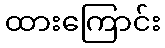
ထားကြောင်း